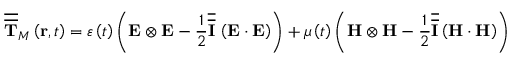
\overline { { \overline { { \mathbf { T } } } } } _ { M } \left( \mathbf { r } , t \right) = \varepsilon \left( t \right) \left( \mathbf { E } \otimes \mathbf { E } - \frac { 1 } { 2 } \overline { { \overline { { \mathbf { I } } } } } \, \left( \mathbf { E } \cdot \mathbf { E } \right) \right) + \mu \left( t \right) \left( \mathbf { H } \otimes \mathbf { H } - \frac { 1 } { 2 } \overline { { \overline { { \mathbf { I } } } } } \left( \mathbf { H } \cdot \mathbf { H } \right) \right)